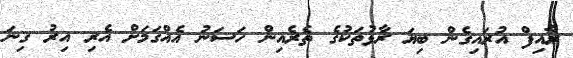
ރާއިފް އުރައިގެން ބިޔަ ރާޅުތަކުގެ ތެރެއިން ހަސަނު އެއްގަމަށް އެރި އިރު ގިނަ